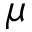
\mu